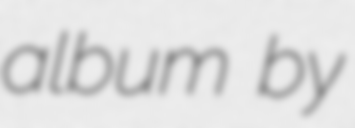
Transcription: album by